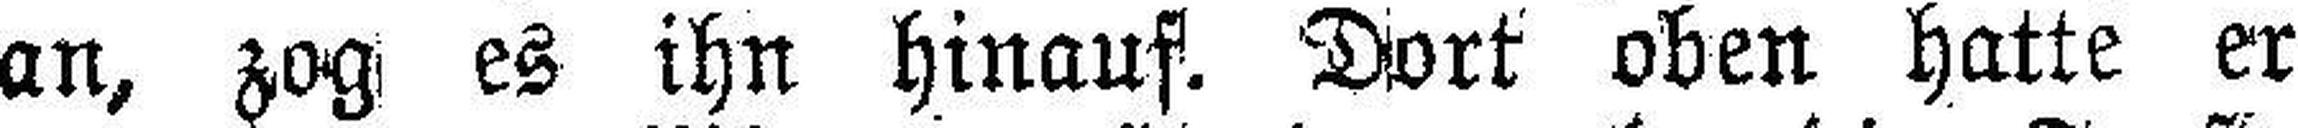
an, zog es ihn hinauf. Dort oben hatte er